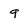
Character: 9